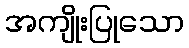
အကျိုးပြုသော